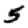
Digit: 5